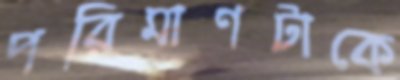
পরিমাণটাকে